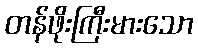
တန်ဖိုးကြီးမားသော